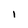
Character: l